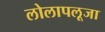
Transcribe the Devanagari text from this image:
लोलापलूजा